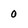
Character: 0